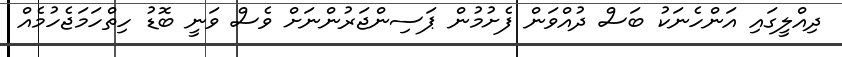
ދިއްލީގައި އަންހެނަކު ބަސް ދުއްވަން ފެށުމުން ޕަސިންޖަރުންނަށް ވެސް ވަނީ ބޮޑު ހިތްހަަމަޖެހުމެއް